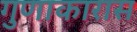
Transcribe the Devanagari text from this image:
गुणाकारास